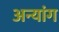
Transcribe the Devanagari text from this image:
अन्यांग